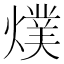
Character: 𭶅